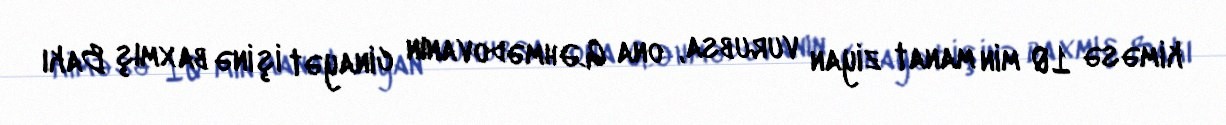
kiməsə 10 min manat ziyan vurubsa, ona G.Əhmədovanın cinayət işinə baxmış Bakı